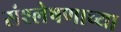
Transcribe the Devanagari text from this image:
संश्लेषणाच्या